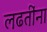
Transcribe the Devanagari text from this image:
लढतींना